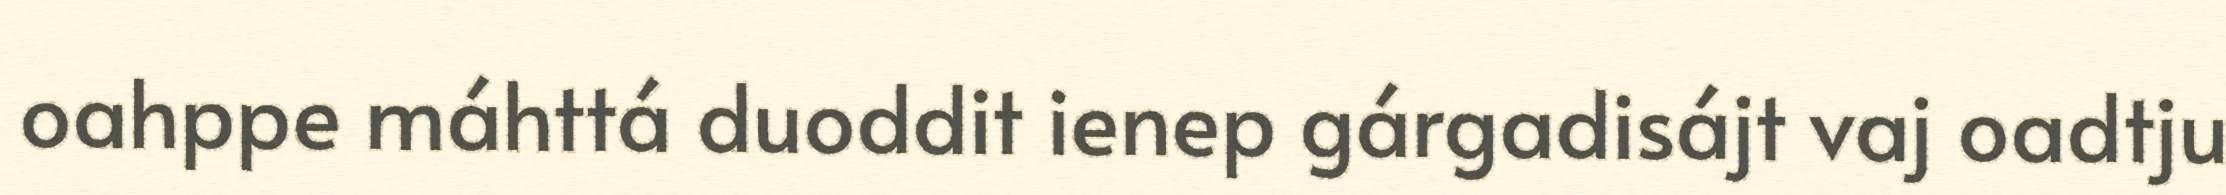
oahppe máhttá duoddit ienep gárgadisájt vaj oadtju